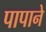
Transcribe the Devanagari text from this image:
पापाने